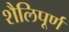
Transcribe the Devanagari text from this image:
शैलिपूर्ण